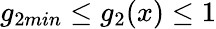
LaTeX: g_{2min}\leq g_{2}(x)\leq 1